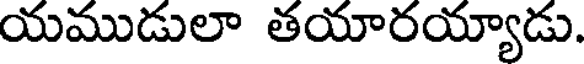
యముడులా తయారయ్యాడు.